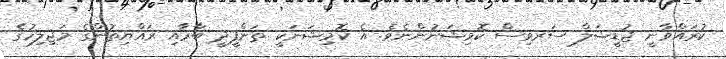
ކުރައްވާނީ ޖުޑީޝަލް ސަރވިސް ކޮމިޝަނުންނެވެ. އެ ކޮމިޝަނަކީ ތަންފީޛީ ބާރާއި ރައްޔިތުންގެ މަޖިލިހުގެ